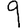
Digit: 9